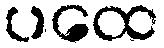
ပထေ